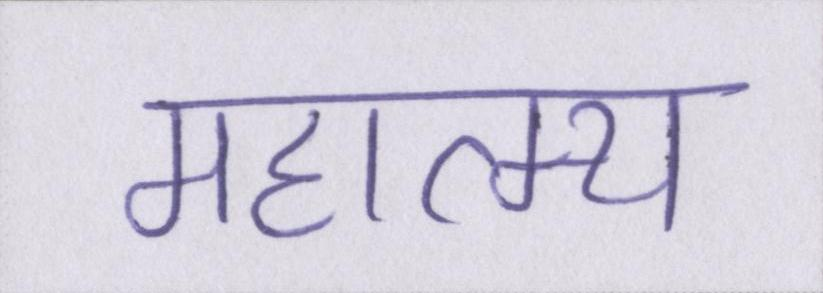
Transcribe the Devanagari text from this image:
महात्म्य